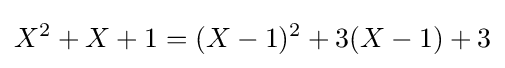
X^{2}+X+1=(X-1)^{2}+3(X-1)+3